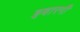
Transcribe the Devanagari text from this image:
इबारगी